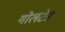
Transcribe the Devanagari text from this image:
गोलटेंड